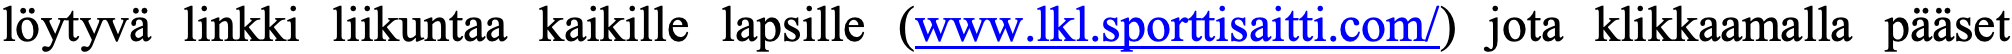
löytyvä linkki liikuntaa kaikille lapsille (www.lkl.sporttisaitti.com/) jota klikkaamalla pääset